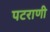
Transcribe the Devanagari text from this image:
पटराणी